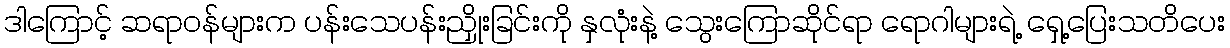
ဒါကြောင့် ဆရာဝန်များက ပန်းသေပန်းညှိုးခြင်းကို နှလုံးနဲ့ သွေးကြောဆိုင်ရာ ရောဂါများရဲ့ ရှေ့ပြေးသတိပေး